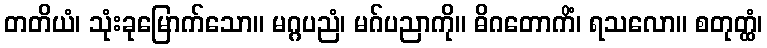
တတိယံ၊ သုံးခုမြောက်သော။ မဂ္ဂပညံ၊ မဂ်ပညာကို။ ဓိဂတောကိံ၊ ရသလော။ စတုတ္ထံ၊